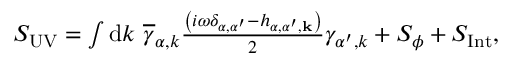
\begin{array} { r } { S _ { \mathrm { { U V } } } = \int \mathrm { d } { k } \ \overline { { \gamma } } _ { \alpha , { k } } \frac { \left( i \omega \delta _ { \alpha , \alpha ^ { \prime } } - h _ { \alpha , \alpha ^ { \prime } , \mathbf { k } } \right) } { 2 } \gamma _ { \alpha ^ { \prime } , { k } } + S _ { \phi } + S _ { \mathrm { { I n t } } } , } \end{array}